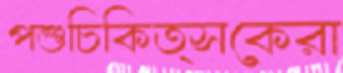
পশুচিকিত্সকেরা